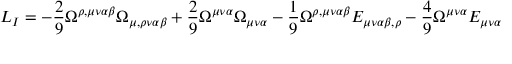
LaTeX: { \cal L } _ { I } = - \frac { 2 } { 9 } \Omega ^ { \rho , \mu \nu \alpha \beta } \Omega _ { \mu , \rho \nu \alpha \beta } + \frac { 2 } { 9 } \Omega ^ { \mu \nu \alpha } \Omega _ { \mu \nu \alpha } - \frac { 1 } { 9 } \Omega ^ { \rho , \mu \nu \alpha \beta } E _ { \mu \nu \alpha \beta , \rho } - \frac { 4 } { 9 } \Omega ^ { \mu \nu \alpha } E _ { \mu \nu \alpha }